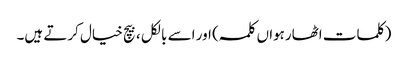
(کلمات اٹھارہواں کلمہ ) اور اسے بالکل ، بیچ خیال کرتے ہیں۔